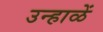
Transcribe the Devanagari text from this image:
उन्हाळें